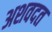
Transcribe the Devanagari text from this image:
अशवदत